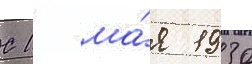
С 1 ма́я 1930